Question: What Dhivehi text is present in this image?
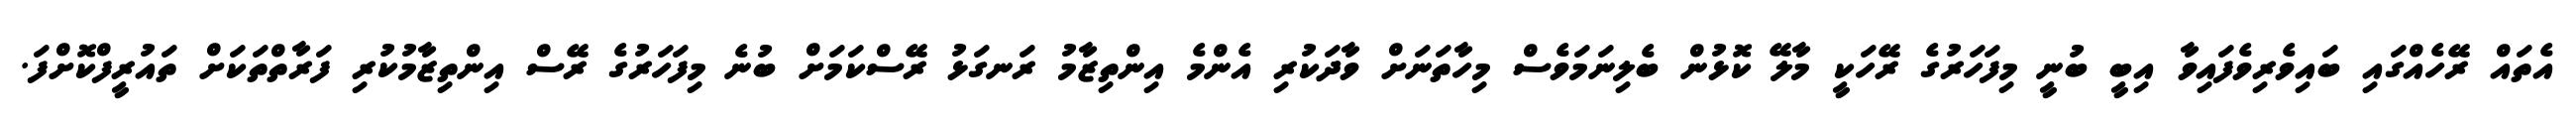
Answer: އެތައް ރޭހެއްގައި ބައިވެރިވެފައިވާ އިބީ ބުނީ މިފަހަރުގެ ރޭހަކީ މާލޭ ކޮޅުން ބެލިނަމަވެސް މިހާތަނަށް ވާދަކުރި އެންމެ އިންތިޒާމު ރަނގަޅު ރޭސްކަމަށް ބުނެ މިފަހަރުގެ ރޭސް އިންތިޒާމުކުރި ފަރާތްތަކަށް ތައުރީފްކޮށްފަ.